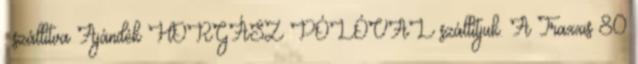
. szállítva Ajándék HORGÁSZ PÓLÓVAL szállítjuk. A Traxxis 80